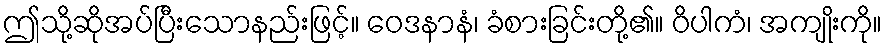
ဤသို့ဆိုအပ်ပြီးသောနည်းဖြင့်။ ဝေဒနာနံ၊ ခံစားခြင်းတို့၏။ ဝိပါကံ၊ အကျိုးကို။